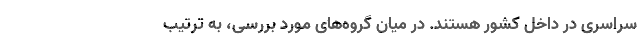
سراسری در داخل کشور هستند. در میان گروه‌های مورد بررسی، به ترتیب